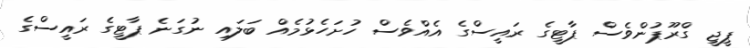
ޕީޖީ ގްރޫޕުންވެސް ޕާޓީގެ ރައީސްގެ އެއްވެސް ހުށަހެޅުމެއް ބަލައި ނުގަނެ ޕާޓީގެ ރައީސްގެ